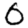
Digit: 0